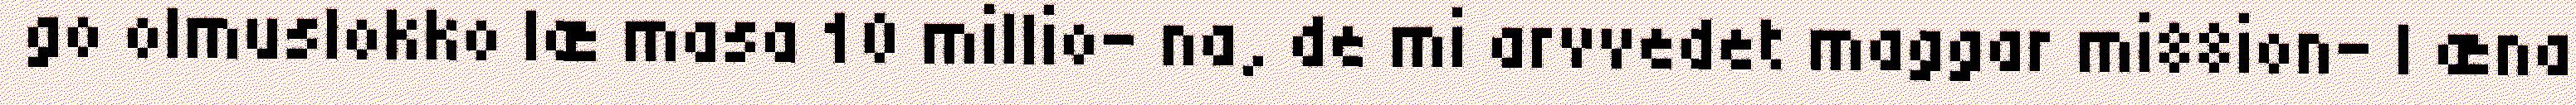
go olmuslokko læ masa 10 millio- na, de mi arvvedet maggar mi88ion- | æna